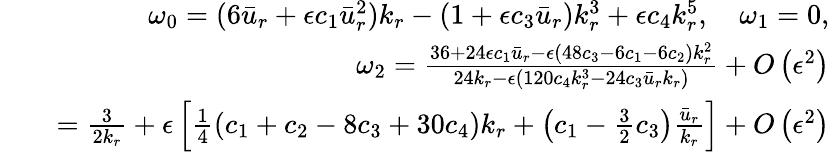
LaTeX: \begin{array}{rlr}&{}&{\omega_{0}=(6\bar{u}_{r}+\epsilon c_{1}\bar{u}_{r}^{2})k_{r}-\left(1+\epsilon c_{3}\bar{u}_{r}\right)k_{r}^{3}+\epsilon c_{4}k_{r}^{5},\quad\omega_{1}=0,}\\ &{}&{\omega_{2}=\frac{36+24\epsilon c_{1}\bar{u}_{r}-\epsilon\left(48c_{3}-6c_{1}-6c_{2}\right)k_{r}^{2}}{24k_{r}-\epsilon\left(120c_{4}k_{r}^{3}-24c_{3}\bar{u}_{r}k_{r}\right)}+O\left(\epsilon^{2}\right)}\\ &{}&{=\frac{3}{2k_{r}}+\epsilon\left[\frac{1}{4}\left(c_{1}+c_{2}-8c_{3}+30c_{4}\right)k_{r}+\left(c_{1}-\frac{3}{2}c_{3}\right)\frac{\bar{u}_{r}}{k_{r}}\right]+O\left(\epsilon^{2}\right)}\end{array}